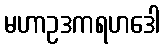
မဟာဥဒကရဟဒေါ